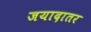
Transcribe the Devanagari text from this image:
जयादातर